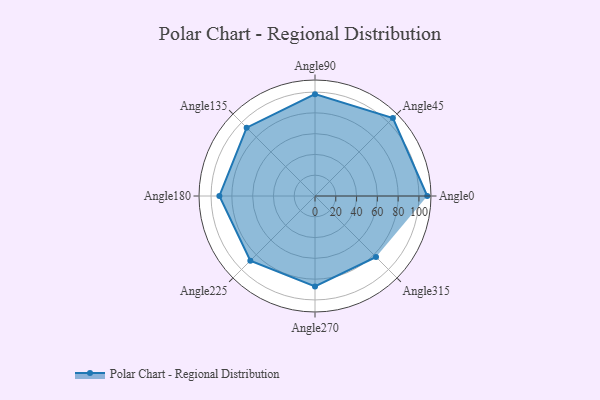
{"axis": {"x": "Angle", "y": "Radius"}, "legend": [""], "data": [{"x": "Angle0", "y": 108.0, "type": ""}, {"x": "Angle45", "y": 106.0, "type": ""}, {"x": "Angle90", "y": 98.0, "type": ""}, {"x": "Angle135", "y": 93.0, "type": ""}, {"x": "Angle180", "y": 92.0, "type": ""}, {"x": "Angle225", "y": 88.0, "type": ""}, {"x": "Angle270", "y": 87.0, "type": ""}, {"x": "Angle315", "y": 83.0, "type": ""}]}